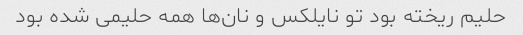
حلیم ریخته بود تو نایلکس و نان‌ها همه حلیمی شده بود